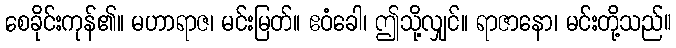
စေခိုင်းကုန်၏။ မဟာရာဇ၊ မင်းမြတ်။ ဧဝံခေါ၊ ဤသို့လျှင်။ ရာဇာနော၊ မင်းတို့သည်။